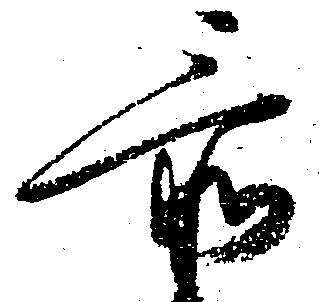
忝